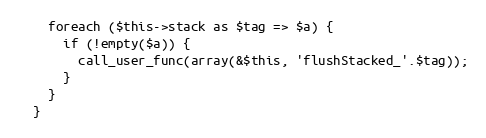
Language: PHP
    foreach ($this->stack as $tag => $a) {
      if (!empty($a)) {
        call_user_func(array(&$this, 'flushStacked_'.$tag));
      }
    }
  }